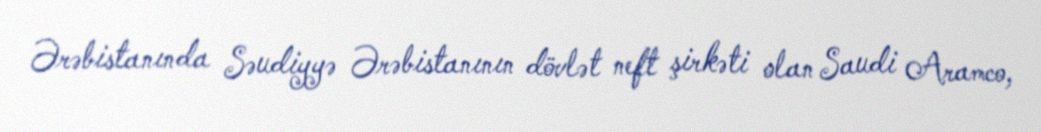
Ərəbistanında Səudiyyə Ərəbistanının dövlət neft şirkəti olan Saudi Aramco,